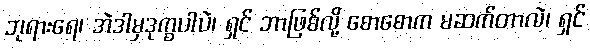
ဘုရားရေ၊ အဲဒါမှဒုက္ခပါပဲ၊ ရှင် ဘာဖြစ်လို့ စောစောက မဆက်တာလဲ၊ ရှင်